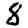
Digit: 8